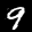
Label: 9